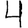
Digit: 4